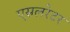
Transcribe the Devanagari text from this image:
एसलरेटर